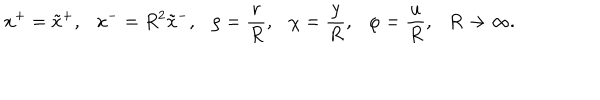
x ^ { + } = \tilde { x } ^ { + } , x ^ { - } = R ^ { 2 } \tilde { x } ^ { - } , \rho = { \frac { r } { R } } , \chi = { \frac { y } { R } } , \varphi = { \frac { u } { R } } , R \rightarrow \infty .